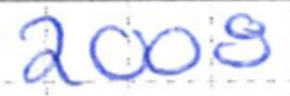
Text: 2008
Cross-out: clean
Writing tool: ballpoint